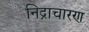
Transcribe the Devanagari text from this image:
निद्राचारण